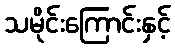
သမိုင်းကြောင်းနှင့်